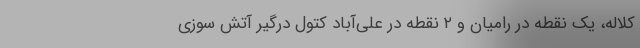
کلاله، یک نقطه در رامیان و ۲ نقطه در علی‌آباد کتول درگیر آتش سوزی